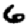
Digit: 6